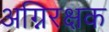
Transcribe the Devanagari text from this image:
अग्निरक्षक